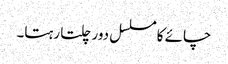
چائے کا مسلسل دور چلتا رہتا۔